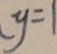
y = 1